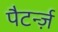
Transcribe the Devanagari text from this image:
पैटर्न्ज़